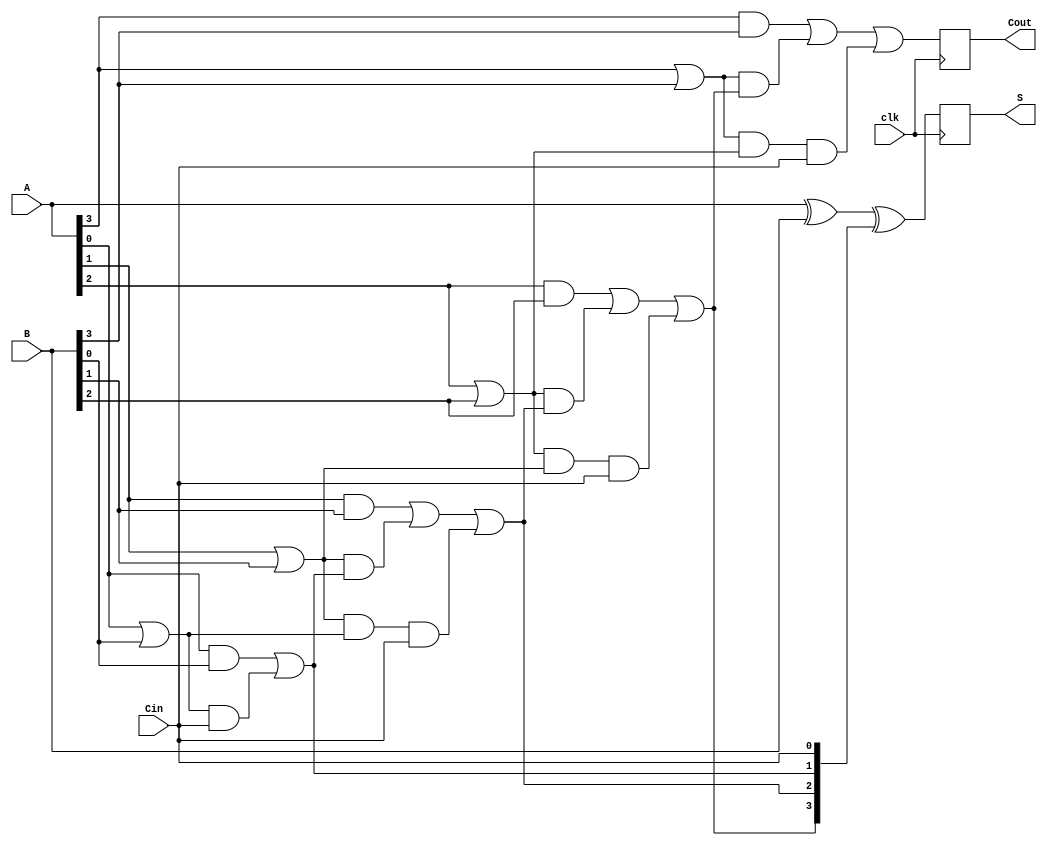
module PipelinedCLA #(parameter N = 4) (
    input wire clk,
    input wire [N-1:0] A,
    input wire [N-1:0] B,
    input wire Cin,
    output reg [N-1:0] S,
    output reg Cout
);

    // Intermediate signals
    wire [N-1:0] G; // Generate signals
    wire [N-1:0] P; // Propagate signals
    wire [N:0] C;   // Carry signals

    // Stage 1: Generate and Propagate
    genvar i;
    generate
        for (i = 0; i < N; i = i + 1) begin : gen_prop
            assign G[i] = A[i] & B[i]; // Generate
            assign P[i] = A[i] | B[i]; // Propagate
        end
    endgenerate

    // Carry signal computation
    assign C[0] = Cin;
    generate
        for (i = 0; i < N; i = i + 1) begin : carry_logic
            if (i == 0) begin
                assign C[i + 1] = G[i] | (P[i] & C[i]);
            end else begin
                assign C[i + 1] = G[i] | (P[i] & C[i]) | (P[i] & P[i - 1] & C[0]);
            end
        end
    endgenerate

    // Stage 2: Sum and Carry out
    always @(posedge clk) begin
        S <= A ^ B ^ C[N-1:0]; // Sum
        Cout <= C[N];         // Carry out
    end

endmodule